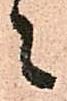
々